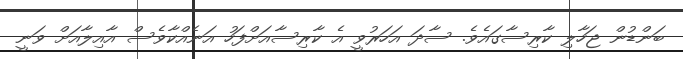
ބަންޑުން ޖަހާލި ކާރިސާގައެވެ. ސާދަ އަހަރުވީ އެ ކާރިސާއަށްފަހު އަނެއްކާވެސް އާއިލާއަށް ވަނީ